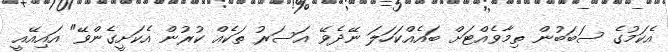
އެކަމުގެ ސަބަބުން ތިމާވެއްޓަށް ބައެއްކަހަލަ ނޭދެވޭ އަސަރު ތަކެއް ކުރުން އެކަށީގެންވޭ" އައިއޭއީ